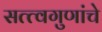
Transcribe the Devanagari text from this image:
सत्त्वगुणांचे